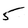
Character: 5